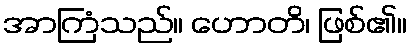
အာကြံသည်။ ဟောတိ၊ ဖြစ်၏။